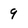
Character: 9